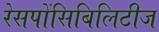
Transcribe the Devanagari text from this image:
रेसपोंसिबिलिटीज